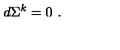
d \Sigma ^ { k } = 0 \ .